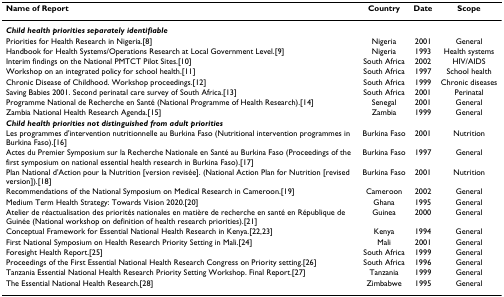
<table><thead><tr><td><b>Name of Report</b></td><td><b>Country</b></td><td><b>Date</b></td><td><b>Scope</b></td></tr></thead><tbody><tr><td><b><i>Child health priorities separately identifiable</i></b></td><td></td><td></td><td></td></tr><tr><td>Priorities for Health Research in Nigeria.[8]</td><td>Nigeria</td><td>2001</td><td>General</td></tr><tr><td>Handbook for Health Systems/Operations Research at Local Government Level.[9]</td><td>Nigeria</td><td>1993</td><td>Health systems</td></tr><tr><td>Interim findings on the National PMTCT Pilot Sites.[10]</td><td>South Africa</td><td>2002</td><td>HIV/AIDS</td></tr><tr><td>Workshop on an integrated policy for school health.[11]</td><td>South Africa</td><td>1997</td><td>School health</td></tr><tr><td>Chronic Disease of Childhood. Workshop proceedings.[12]</td><td>South Africa</td><td>1999</td><td>Chronic diseases</td></tr><tr><td>Saving Babies 2001. Second perinatal care survey of South Africa.[13]</td><td>South Africa</td><td>2001</td><td>Perinatal</td></tr><tr><td>Programme National de Recherche en Santé (National Programme of Health Research).[14]</td><td>Senegal</td><td>2001</td><td>General</td></tr><tr><td>Zambia National Health Research Agenda.[15]</td><td>Zambia</td><td>1999</td><td>General</td></tr><tr><td><b><i>Child health priorities not distinguished from adult priorities</i></b></td><td></td><td></td><td></td></tr><tr><td>Les programmes d&#x27;intervention nutritionnelle au Burkina Faso (Nutritional intervention programmes in Burkina Faso).[16]</td><td>Burkina Faso</td><td>2001</td><td>Nutrition</td></tr><tr><td>Actes du Premier Symposium sur la Recherche Nationale en Santé au Burkina Faso (Proceedings of the first symposium on national essential health research in Burkina Faso).[17]</td><td>Burkina Faso</td><td>1997</td><td>General</td></tr><tr><td>Plan National d&#x27;Action pour la Nutrition [version revisée]. (National Action Plan for Nutrition [revised version]).[18]</td><td>Burkina Faso</td><td>2001</td><td>Nutrition</td></tr><tr><td>Recommendations of the National Symposium on Medical Research in Cameroon.[19]</td><td>Cameroon</td><td>2002</td><td>General</td></tr><tr><td>Medium Term Health Strategy: Towards Vision 2020.[20]</td><td>Ghana</td><td>1995</td><td>General</td></tr><tr><td>Atelier de réactualisation des priorités nationales en matière de recherche en santé en République de Guinée (National workshop on definition of health research priorities).[21]</td><td>Guinea</td><td>2000</td><td>General</td></tr><tr><td>Conceptual Framework for Essential National Health Research in Kenya.[22,23]</td><td>Kenya</td><td>1994</td><td>General</td></tr><tr><td>First National Symposium on Health Research Priority Setting in Mali.[24]</td><td>Mali</td><td>2001</td><td>General</td></tr><tr><td>Foresight Health Report.[25]</td><td>South Africa</td><td>1999</td><td>General</td></tr><tr><td>Proceedings of the First Essential National Health Research Congress on Priority setting.[26]</td><td>South Africa</td><td>1996</td><td>General</td></tr><tr><td>Tanzania Essential National Health Research Priority Setting Workshop. Final Report.[27]</td><td>Tanzania</td><td>1999</td><td>General</td></tr><tr><td>The Essential National Health Research.[28]</td><td>Zimbabwe</td><td>1995</td><td>General</td></tr></tbody></table>